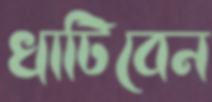
খাটিবেন